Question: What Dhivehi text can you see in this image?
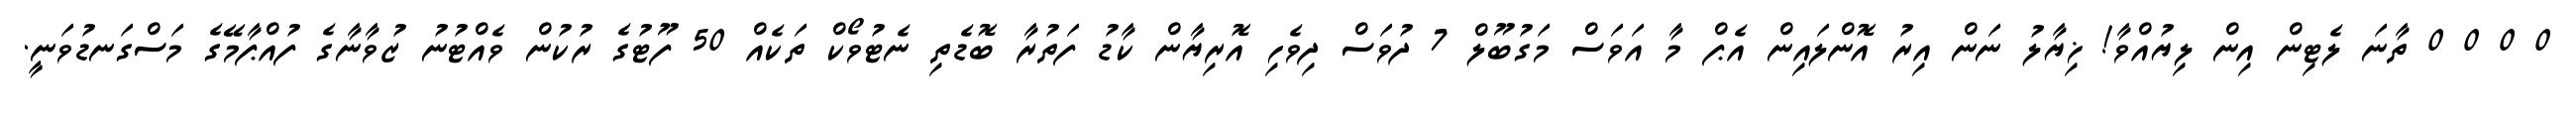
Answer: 0 0 0 0 ތާނަ ލެޓިން އިން ލިޔުއްވާ! ޚިޔާލު ނަން އިރު އޮންލައިން އެޕް މާ އަވަސް މަގުބޫލް 7 ދުވަސް ދިވެހި އޮރިޔާން ކާޑު ފަތުރާ ބޮޑެތި ނެޓުވޯކް ތަކެއް 50 ފޫޓުގެ ރުކުން ވެއްޓުނު ޒުވާނާގެ ފުއްޕާމޭގެ މަސްގަނޑުވަނީ.